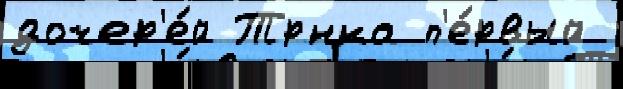
дочер'е́й Трнка п'е́рвый